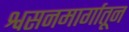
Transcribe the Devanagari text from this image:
श्वसनमार्गातून